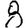
Digit: 8